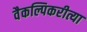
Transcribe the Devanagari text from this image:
वैकल्पिकरीत्या